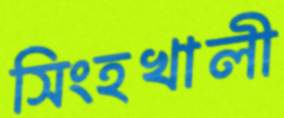
সিংহখালী